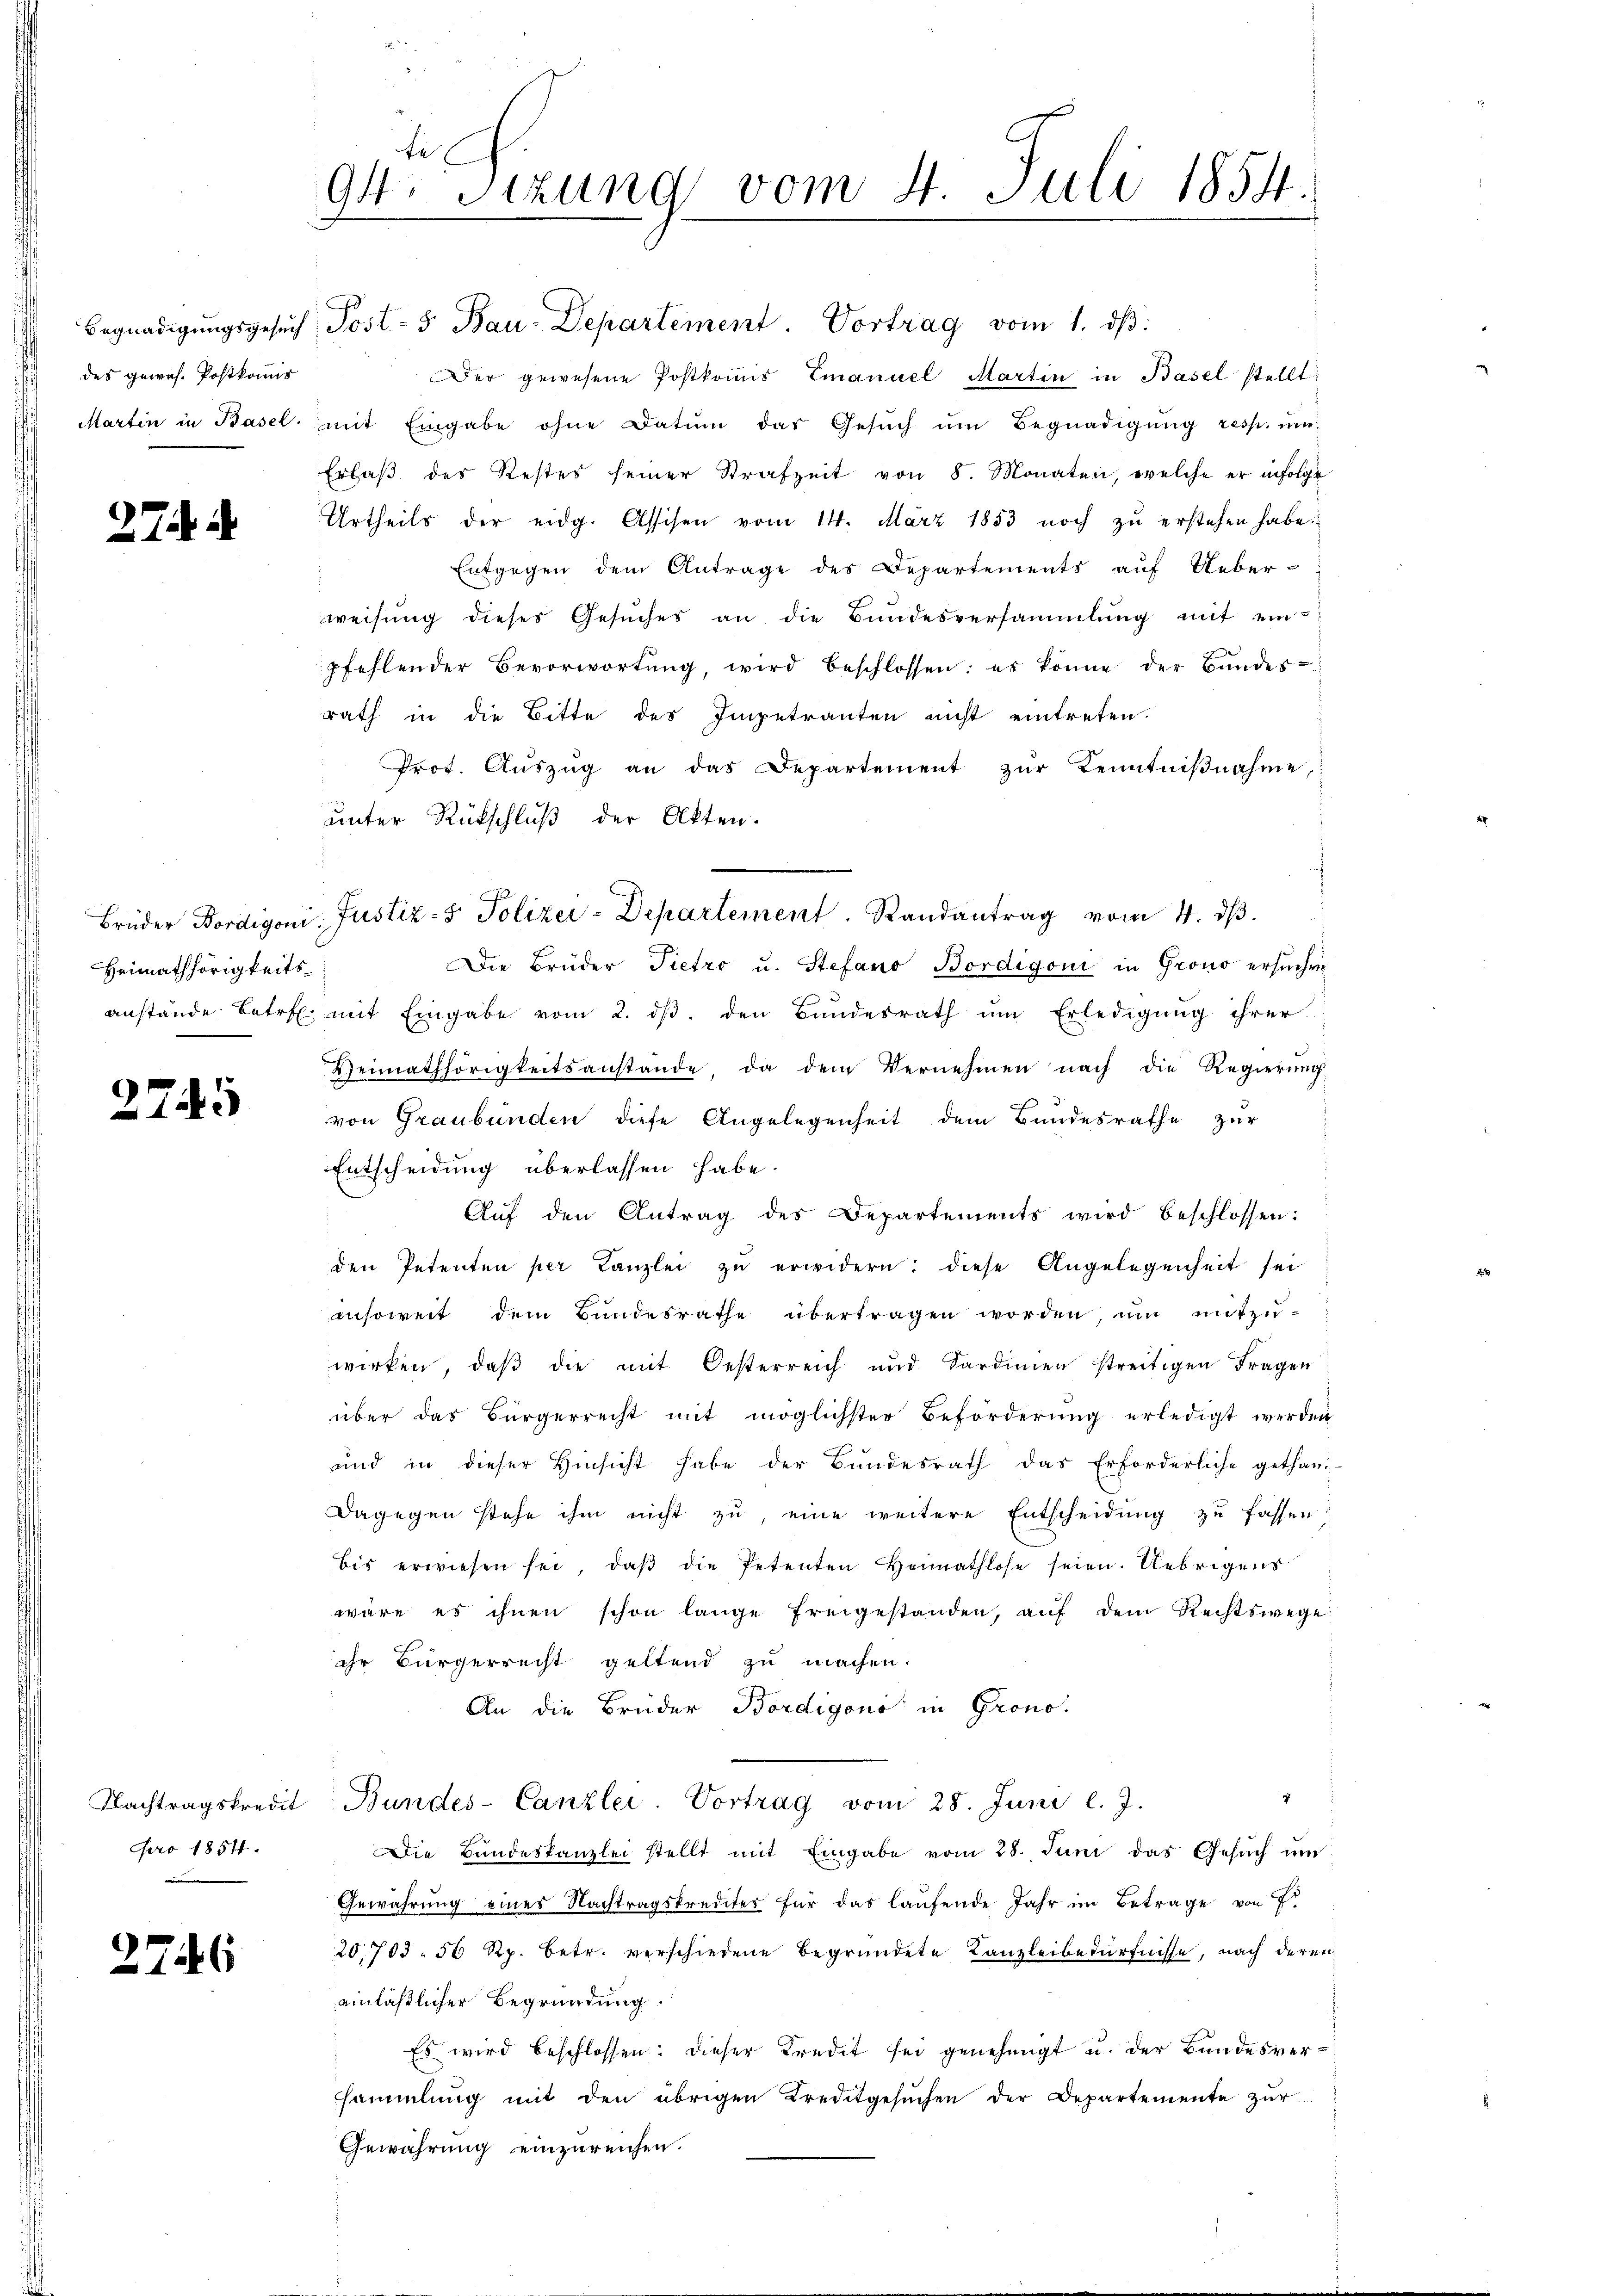
des gewes. Postkommis

27

27.

¬

Heimathörigkeits

5

pro 1854.

2746

te
94. Sitzung vom 4. Juli 1854.
.

Begnadigungsgesuch Post- & Bau-Departement. Vortrag vom 1. dβ
Der gewesene Postkoṁis Emanuel Martin in Basel stellt:
 Martin in Basel mit Eingabe ohne Datum das Gesŭch ŭm Begnadigŭng resp. ŭm
Erlaß des Restes seiner Strafzeit von 8. Monaten, welche er infolge
Urtheils der eidg. Assisen vom 14. März 1853 noch zŭ erstehen habe.
Entgegen dem Antrage des Departements auf Ueber-
weisung dieses Gesŭches an die Bŭndesversammlung mit einpfehlender Bevorwortŭng, wird beschlossen: es könne der Bŭndes-
rath in die Bitte des Impetranten nicht eintreten.
Prot. Aŭszŭg an das Departement zŭr Kenntniβnahme,
unter Rückschluß der Akten.
Die Brüder Pietro u. Stefano Bordigoni in Grono ersuchen
anstände betr. mit Eingabe vom 2. ds. den Bundesrath um Erledigung ihrer
Heimathörigkeitsanstände, da dem Vernehmen nach die Regierung
von Graubünden diese Angelegenheit dem Bundesrathe zur
Entscheidung überlassen habe.
Aŭf den Antrag des Departements wird beschlossen:
den Petenten per Kanzlei zŭ erwidern: diese Angelegenheit sei
insoweit dem Bundesrathe übertragen worden, um mitzuwirken, daβ die mit Oesterreich und Sardinien streitigen Fragen
über das Bürgerrecht mit möglichster Beförderŭng erledigt werden
und in dieser Hinsicht habe der Bŭndesrath das Erforderliche gethan.
Dagegen stehe ihm nicht zu, eine weitere Entscheidung zu fassen:
bis erwiesen sei, daβ die Petenten Heimathlose seien. Uebrigens
wäre es ihnen schon lange freigestanden, aŭf dem Rechtswege
ihr Bürgerrecht geltend zu machen.
An die Brüder Bordigono in Grono-
Nachtragskredit Bundes-Canzlei- Vortrag vom 28. Juni l. J.
Die Bundeskanzlei stellt mit Eingabe vom 28. Juni das Gesŭch ŭm
Gewährŭng eines Nachtragskrediter für das laŭfende Jahr im Betrage von Fr
20,703. 56 Rp. betr. verschiedene Begründete Kanzleibedürfnisse, nach deren
einläßlicher Begründung.
Es wird beschlossen: dieser Kredit sei genehmigt u. der Bundesversammlung mit den übrigen Kreditgesŭchen der Departemente zŭr
Gewährung einzureichen.

Brüder Bordigoni, Justiz- & Polizei-Departement. Randantrag vom 4. dβ.